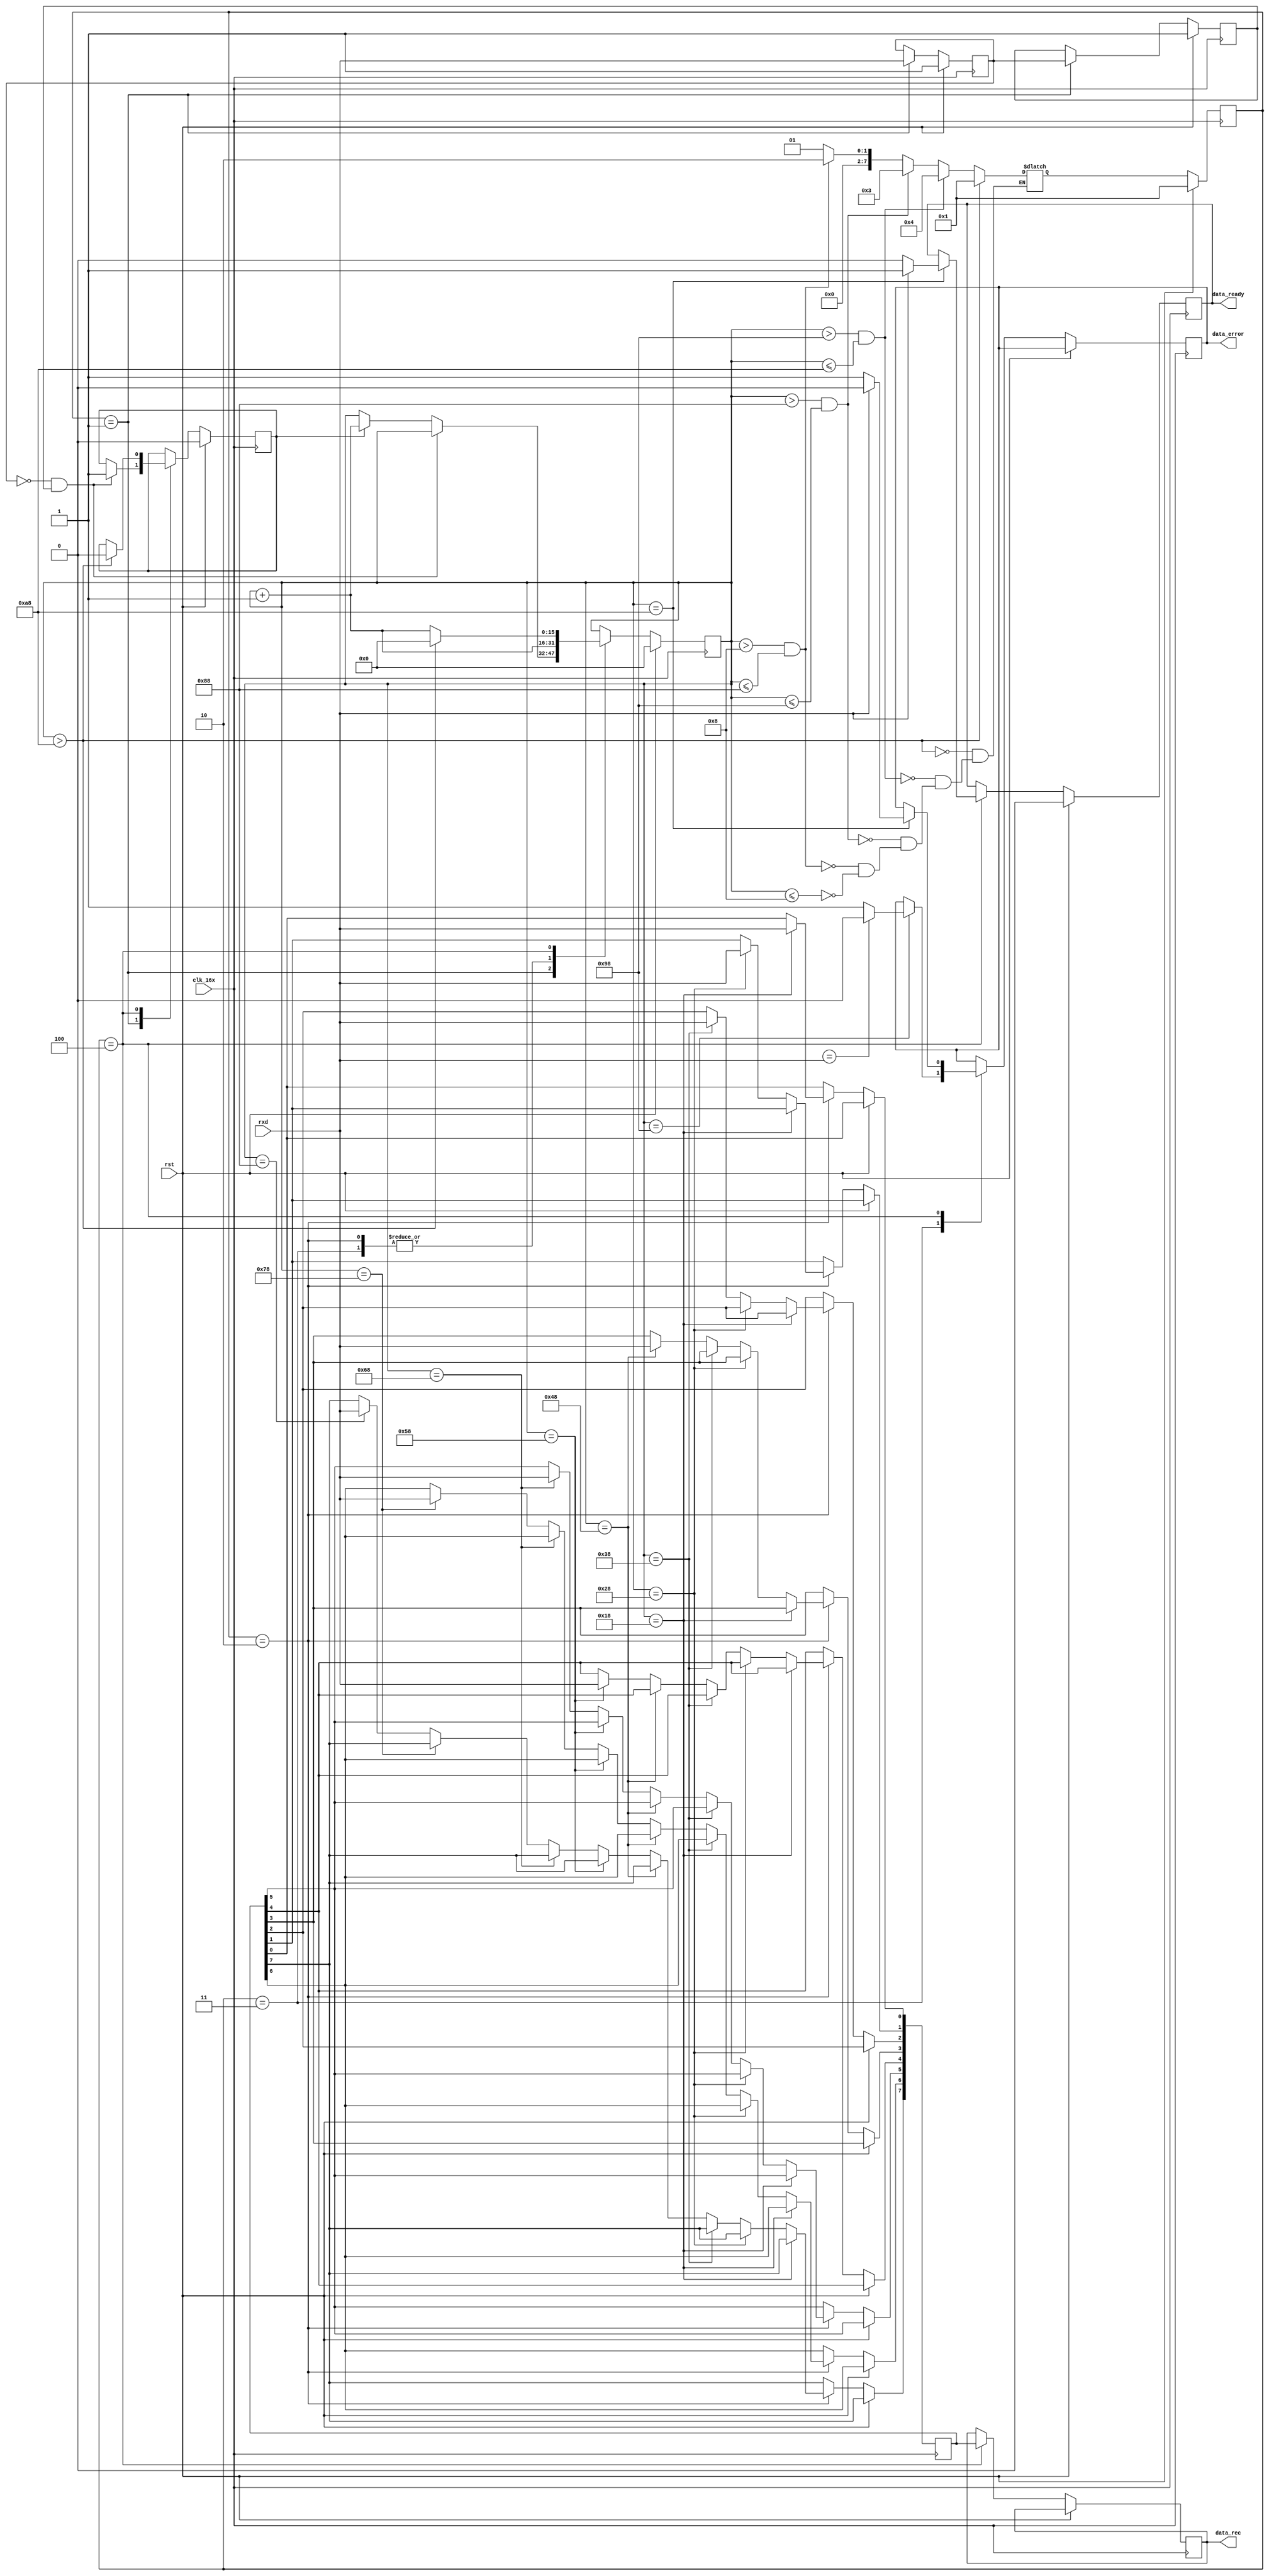
`timescale 1ns / 1ps

module uart_rx(clk_16x,rst,rxd,data_rec,data_ready,data_error);//
input clk_16x;//16
input rst;//
input rxd;//
output reg data_ready = 0;//data_ready=18
output reg data_error = 0;//
output[7:0] data_rec;

reg framing_error;
reg[7:0] data_out,data_out1;
reg rxd_buf;
reg[15:0] clk_16x_cnt = 0;
reg rxd1 = 1,rxd2 = 1;
reg start_flag = 0;

parameter width=8;
parameter idle=1,one=2,two=3,stop=4;//4

reg[width-1:0] present_state = idle;
reg[width-1:0] next_state = idle;//

assign data_rec=data_out1;

//
always@ (posedge clk_16x)
begin
    if(rst)
        present_state<=idle;
     else
        present_state<=next_state;
end

always@(clk_16x_cnt)//
begin
    if(clk_16x_cnt<='d8)//
        next_state=idle;
    if(clk_16x_cnt>'d8 && clk_16x_cnt <= 'd136)//8
        next_state=one;
    if(clk_16x_cnt>'d136 && clk_16x_cnt <= 'd152)//
        next_state=two;
    if(clk_16x_cnt>'d152 && clk_16x_cnt <= 'd168)//
        next_state=stop;
    if(clk_16x_cnt > 'd168)
        next_state=idle;
end
always@(posedge clk_16x)//
begin
    if(rst)
    begin
        rxd1<=1'd1;
        rxd2<=1'd1;
        data_ready<='d0;
        clk_16x_cnt<='d0;
        start_flag<=0;
    end
    else begin
        case(present_state)
        idle: begin //
              rxd1<=rxd;
              rxd2<=rxd1;
              if((~rxd1)&&rxd2)//rxd
                    start_flag<='d1;//rxd1=0,rxd2=1
              else if(start_flag==1)
                clk_16x_cnt<=clk_16x_cnt+'d1;
            end
         one: begin //8
                clk_16x_cnt<=clk_16x_cnt + 'd1;
                if(clk_16x_cnt=='d24)data_out[0]<=rxd;
                else if(clk_16x_cnt=='d40)data_out[1]<=rxd;
                else if(clk_16x_cnt=='d56)data_out[2]<=rxd;
                else if(clk_16x_cnt=='d72)data_out[3]<=rxd;
                else if(clk_16x_cnt=='d88)data_out[4]<=rxd;
                else if(clk_16x_cnt=='d104)data_out[5]<=rxd;
                else if(clk_16x_cnt=='d120)data_out[6]<=rxd;
                else if(clk_16x_cnt=='d136)data_out[7]<=rxd;
            end
         two: begin//
                if(clk_16x_cnt=='d152)
                begin
                    if(rxd_buf==rxd) data_error<=1'd0;//
                    else data_error<=1'd1;//
                end
                clk_16x_cnt <= clk_16x_cnt+'d1;
            end
         stop: begin //
                if(clk_16x_cnt=='d168)
                begin
                    if(1'd1==rxd)
                    begin
                        data_error<=1'd0;//
                        data_ready<='d1;
                    end
                    else begin
                        data_error<=1'd1;//
                        data_ready<='d0;
                    end
                end
                data_out1<=data_out;
                if(clk_16x_cnt>168)
                begin
                    clk_16x_cnt <= 0;
                    start_flag <= 0;
                end
                else
                    clk_16x_cnt <= clk_16x_cnt + 'd1;
            end
         endcase
    end
end
endmodule